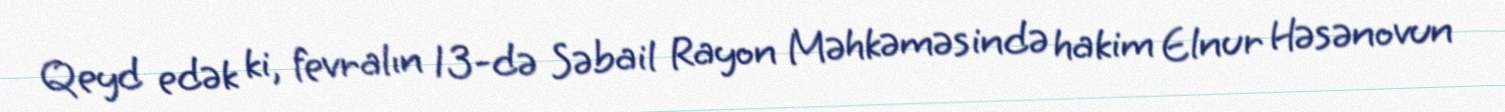
Qeyd edək ki, fevralın 13-də Səbail Rayon Məhkəməsində hakim Elnur Həsənovun